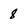
Character: 8